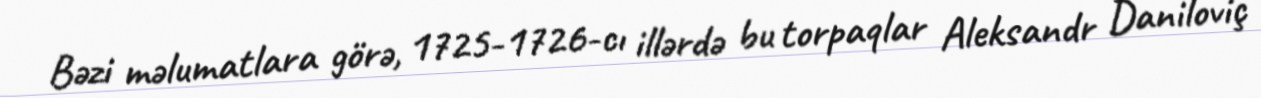
Bəzi məlumatlara görə, 1725-1726-cı illərdə bu torpaqlar Aleksandr Daniloviç